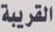
القريبة